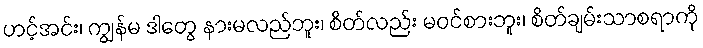
ဟင့်အင်း၊ ကျွန်မ ဒါတွေ နားမလည်ဘူး၊ စိတ်လည်း မဝင်စားဘူး၊ စိတ်ချမ်းသာစရာကို